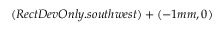
( R e c t D e v O n l y . s o u t h w e s t ) + ( - 1 m m , 0 )